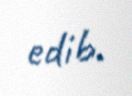
edib.